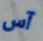
آس